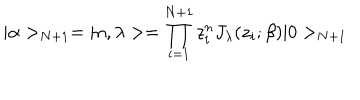
LaTeX: | \alpha > _ { N + 1 } = | n , \lambda > = \prod _ { i = 1 } ^ { N + 1 } z _ { i } ^ { n } J _ { \lambda } ( z _ { i } ; \beta ) | 0 > _ { N + 1 }